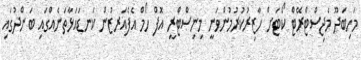
މަހިބަދޫ މެޖިސްޓްރޭޓް ކޯޓަށް ހާޒިރުކުރުމުންވަނީ މިނިސްޓްރީ އޮފް ހޯމް އެފެއަރޒުން ކަނޑައަޅާތަނެއްގައި ބަންދުގައި